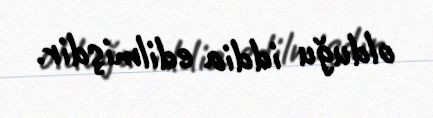
olduğu iddia edilmişdir.